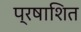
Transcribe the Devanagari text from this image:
प्रषाशित